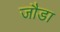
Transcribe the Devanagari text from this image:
जौडा